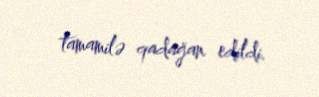
tamamilə qadağan edildi.